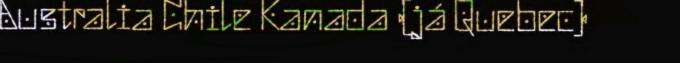
Australia Chile Kanada (já Quebec)